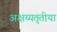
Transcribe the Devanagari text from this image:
अक्षय्यतृतीया